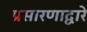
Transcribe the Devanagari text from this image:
प्रसारणाद्वारे